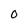
Character: O